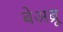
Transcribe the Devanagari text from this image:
बेअब्रू